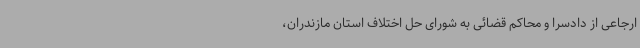
ارجاعی از دادسرا و محاکم قضائی به شورای حل اختلاف استان مازندران،